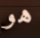
هو